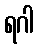
ရဂါ